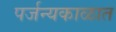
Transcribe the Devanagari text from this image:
पर्जन्यकाळात